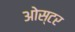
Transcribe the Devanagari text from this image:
ओस्टर